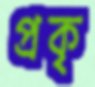
প্রকৃ